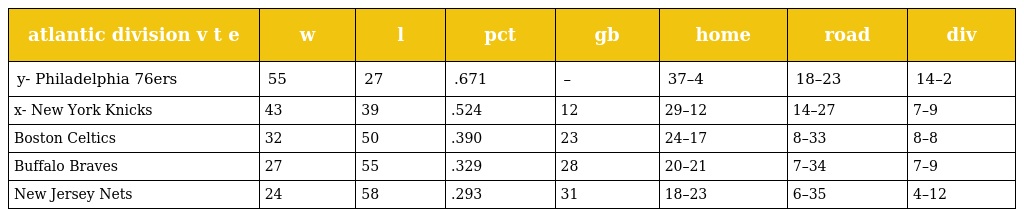
| atlantic division v t e | w | l | pct | gb | home | road | div |
 | --- | --- | --- | --- | --- | --- | --- | --- |
 | y- Philadelphia 76ers | 55 | 27 | .671 | – | 37–4 | 18–23 | 14–2 |
 | x- New York Knicks | 43 | 39 | .524 | 12 | 29–12 | 14–27 | 7–9 |
 | Boston Celtics | 32 | 50 | .390 | 23 | 24–17 | 8–33 | 8–8 |
 | Buffalo Braves | 27 | 55 | .329 | 28 | 20–21 | 7–34 | 7–9 |
 | New Jersey Nets | 24 | 58 | .293 | 31 | 18–23 | 6–35 | 4–12 |